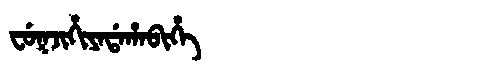
Manchu: ᠸᡠᡴᠵᡳᡥᡳᠶᠠᡩᠠᡥᠠᠪᡳᡥᡝ
Romanization: FUKJIHIYADAHABIHE